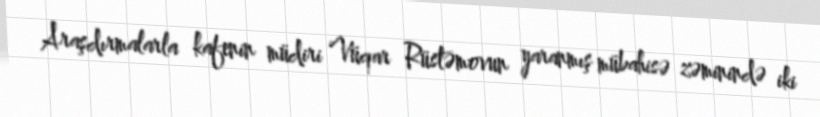
Araşdırmalarla kafenin müdiri Vüqar Rüstəmovun yaranmış mübahisə zəminində iki